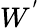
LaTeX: W^{'}